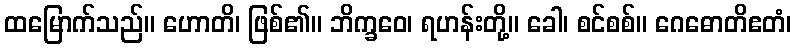
ထမြောက်သည်။ ဟောတိ၊ ဖြစ်၏။ ဘိက္ခဝေ၊ ရဟန်းတို့။ ခေါ၊ စင်စစ်။ ဂေဓောတိဧတံ၊